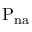
\mathrm { { P _ { n a } } }